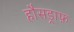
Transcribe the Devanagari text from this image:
हौसड्राफ़